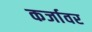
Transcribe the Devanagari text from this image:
कर्जावर